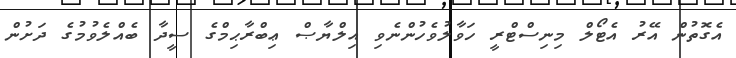
އެގޮތުން އޭރު އެޓޯލް މިނިސްޓްރީ ހަވާލުވެހުންނެވި އިލްޔާޞް ޢިބްރާޙިމްގެ ސީދާ ބެއްލެވުމުގެ ދަށުން